Report on vaccination in Madras 1877-1894 - 1877-1894
Year: 1877
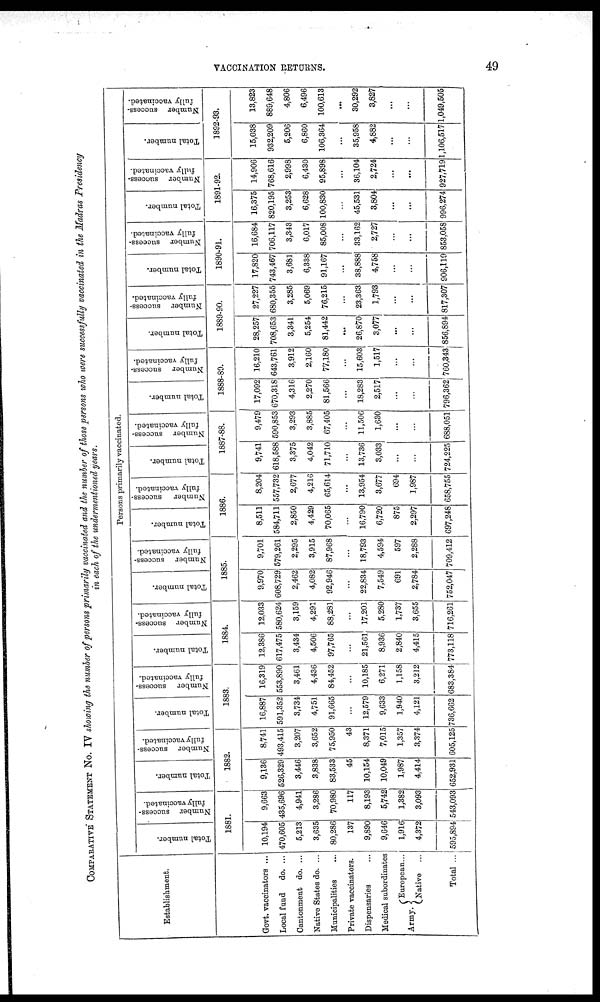
VACCINATION RETURNS.
49
COMPARATIVE STATEMENT No. IV showing the number of persons primarily vaccinated and the number of those persons who were successfully vaccinated in the Madras Presidency
in each of the undermentioned years.
Establishment.
Govt. vaccinators ...
Local fund
do. ...
Cantonment do. ...
Native States do. ...
Municipalities...
Private vaccinators.
Dispensaries...
Medical subordinates
Army.
European...
Native
Total ...
Persons primarily vaccinated.
Total number.
Number success-
fully vaccinated.
1881.
10,194
470,605
5,213
3,635
80,286
137
9,890
9,646
1,916
4,372
595,894
9,663
435,696
4,941
3,286
70,980
117
8,193
5,742
1,382
3,093
543,093
Total number.
Number success-
fully vaccinated.
1882.
9,136
526,329
3,446
3,838
83,533
45
10,154
10,049
1,987
4,414
652,931
8,741
493,415
3,207
3,652
75,950
43
8,371
7,015
1,357
3,374
605,125
Total number.
Number success-
fully vaccinated.
1883.
16,887
591,352
3,734
4,751
91,665
...
12,579
9,633
1,940
4,121
736,662
16,319
553,890
3,461
4,436
84,452
...
10,185
6,271
1,158
3,212
683,384
Total number.
Number success-
fully vaccinated.
1884.
12,386
617,475
3,434
4,506
97,765
...
21,561
8,936
2,840
4,415
773,118
12,033
580,624
3,159
4,291
88,281
...
17,201
5,280
1,737
3,655
716,261
Total number.
Number success-
fully vaccinated.
1885.
9,970
608,729
2,462
4,082
92,946
...
22,834
7,549
691
2,784
752,047
9,701
579,261
2,295
3,915
87,968
...
18,793
4,594
597
2,288
709,412
Total number.
Number success-
fully vaccinated.
1886.
8,511
584,711
2,850
4,429
70,065
...
16,790
6,720
875
2,297
697,248
8,204
557,732
2,677
4,216
65,614
...
13,954
3,677
694
1,987
658,755
Total number.
Number success-
fully vaccinated.
1887-88.
9,741
618,588
3,375
4,042
71,710
...
13,736
3,033
...
...
724,225
9,479
590,853
3,293
3,885
67,405
...
11,506
1,630
...
...
688,051
Total number.
Number success-
fully vaccinated.
1888-89.
17,092
670,318
4,316
2,270
81,566
...
18,283
2,517
...
...
796,362
16,210
643,761
3,912
2,160
77,180
...
15,603
1,517
...
...
760,343
Total number.
Number success-
fully vaccinated.
1889-90.
28,257
708,653
3,341
5,254
81,442
...
26,870
3,077
...
...
856,894
27,227
680,355
3,285
5,069
76,215
...
23,363
1,793
...
...
817,307
Total number.
Number success-
fully vaccinated.
1890-91.
17,820
743,467
3,681
6,338
91,167
...
38,888
4,758
...
...
906,119
16,684
706,117
3,343
6,017
85,008
...
33,162
2,727
...
...
853,058
Total number.
Number success-
fully vaccinated.
1891-92.
16,375
820,195
3,253
6,628
100,830
...
45,531
3,804
...
...
996,274
14,906
768,616
2,998
6,430
95,898
...
36,104
2,724
...
...
927,719
Total number.
Number success-
fully vaccinated.
1892-93.
15,038
932,209
5,206
6,860
106,364
...
35,958
4,882
...
...
1,106,517
13,823
889,648
4,806
6,496
100,613
...
30,292
3,827
...
...
1,049,505